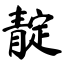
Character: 靛